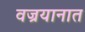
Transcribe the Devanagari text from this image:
वज्रयानात